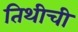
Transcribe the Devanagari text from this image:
तिथीची